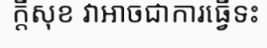
ក្តីសុខ វាអាចជាការធ្វើទះ